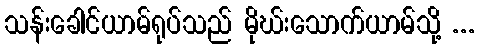
သန်းခေါင်ယာမ်ရုပ်သည် မိုဃ်းသောက်ယာမ်သို့ ...